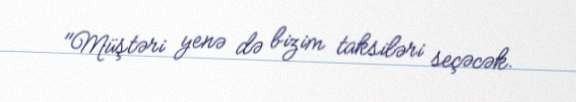
"Müştəri yenə də bizim taksiləri seçəcək.